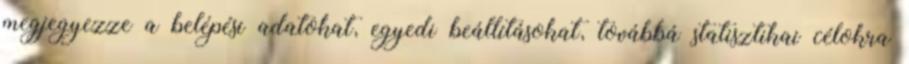
megjegyezze a belépési adatokat, egyedi beállításokat, továbbá statisztikai célokra